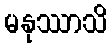
မနုဿာသိ